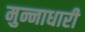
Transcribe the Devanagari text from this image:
मुन्नाधारी